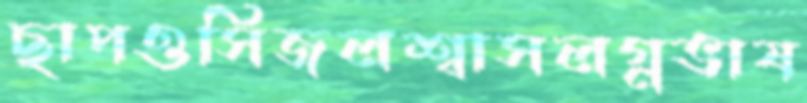
ছাপওসিজলশ্বাসলগ্নভাষ